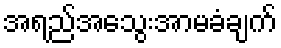
အရည်အသွေးအာမခံချက်